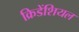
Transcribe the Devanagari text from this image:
क्रिडेंशियल